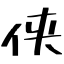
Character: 侠